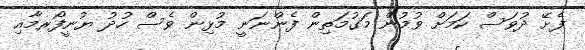
ފެށޭ ދުވަސް ކަމަށް ވުމުން މަގުމަތިން ފެންނަނީ މުޅިން ވެސް ހުދު ޔުނީފޯރމާއި